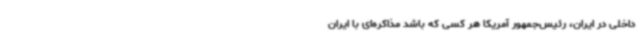
داخلی در ایران، رئیس‌جمهور آمریکا هر کسی که باشد مذاکره‌ای با ایران